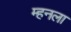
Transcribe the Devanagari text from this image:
म्हनला